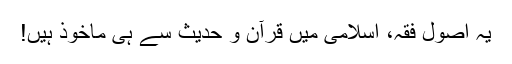
یہ اصول فقہ، اسلامی میں قرآن و حدیث سے ہی ماخوذ ہیں!